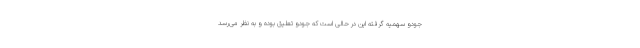
جودو سهمیه گرفته این در حالی است که جودو تعلیق بوده و به نظر می‌رسد